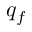
q _ { f }